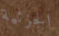
الجزئية